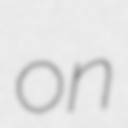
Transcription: on